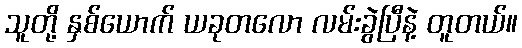
သူတို့ နှစ်ယောက် ယခုတလော လမ်းခွဲပြီနဲ့ တူတယ်။